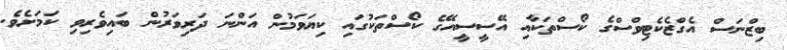
ބިޒްނަސް އެގްޒެކެޓިވްސްގެ ކޯސްތަކާއި އޭސީސީއޭގެ ކޯސްތަކުގައި ކިޔަވަމުން އަންނަ ދަރިވަރުން ބައިވެރިވި ކަމަށެވެ.